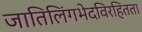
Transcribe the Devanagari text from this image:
जातिलिंगभेदविरहितता